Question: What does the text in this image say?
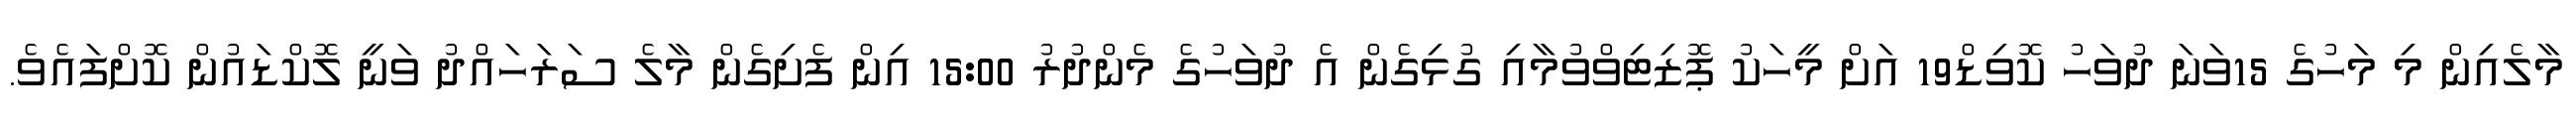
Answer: މާލެއިން މި މަހުގެ 15ވަނަ ދުވަހު ކޮވިޑް19 އަށް މީހަކު ޕޮޒިޓިވްވުމާއި ގުޅިގެން އެ ދުވަހުގެ މެންދުރު 15:00 އިން ފެށިގެން މާލެ ސަރަހައްދު ވަނީ ލޮކްޑައުން ކޮށްފައެވެ.